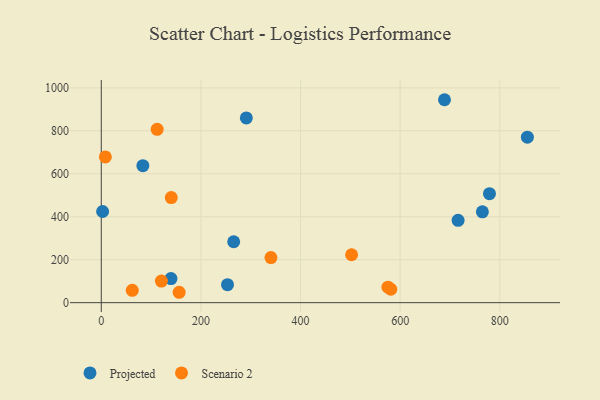
{"axis": {"x": "Speed", "y": "Yield"}, "legend": ["Projected", "Scenario 2"], "data": [{"x": "716.3", "y": 383.5, "type": "Projected"}, {"x": "291.2", "y": 860.2, "type": "Projected"}, {"x": "265.8", "y": 283.5, "type": "Projected"}, {"x": "253.4", "y": 83.9, "type": "Projected"}, {"x": "2.7", "y": 424.5, "type": "Projected"}, {"x": "779.3", "y": 507.4, "type": "Projected"}, {"x": "139.9", "y": 112.4, "type": "Projected"}, {"x": "689.0", "y": 944.7, "type": "Projected"}, {"x": "855.4", "y": 770.2, "type": "Projected"}, {"x": "83.5", "y": 637.5, "type": "Projected"}, {"x": "765.1", "y": 422.9, "type": "Projected"}, {"x": "62.2", "y": 57.3, "type": "Scenario 2"}, {"x": "120.7", "y": 100.6, "type": "Scenario 2"}, {"x": "575.5", "y": 72.2, "type": "Scenario 2"}, {"x": "156.3", "y": 48.4, "type": "Scenario 2"}, {"x": "581.2", "y": 62.4, "type": "Scenario 2"}, {"x": "140.5", "y": 489.2, "type": "Scenario 2"}, {"x": "502.5", "y": 223.0, "type": "Scenario 2"}, {"x": "340.6", "y": 210.0, "type": "Scenario 2"}, {"x": "112.2", "y": 806.9, "type": "Scenario 2"}, {"x": "8.2", "y": 678.6, "type": "Scenario 2"}]}